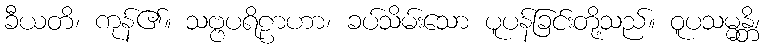
ခီယတိ၊ ကုန်၏။ သဗ္ဗပရိဠာဟာ၊ ခပ်သိမ်းသော ပူပန်ခြင်းတို့သည်။ ဝူပသမ္မန္တိ၊